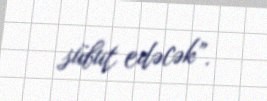
sübut edəcək”.